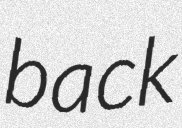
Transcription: back